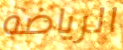
الرياضه